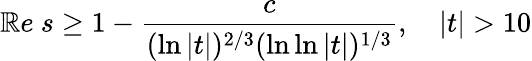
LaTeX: \mathbb{R}e\ s\geq1-{\frac{{c}}{{(\ln|t|)^{2/3}(\ln\ln|t|)^{1/3}}}},\quad|t|>10